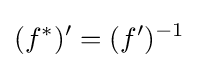
(f^{*})'=(f')^{-1}